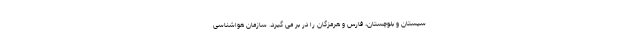
سیستان و بلوچستان، فارس و هرمزگان را در بر می گیرد. سازمان هواشناسی